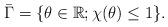
LaTeX: \begin{align*}\bar{\Gamma} = \{\theta\in\mathbb{R}; \chi(\theta)\le 1\}. \end{align*}